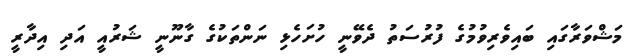
މަޝްވަރާގައި ބައިވެރިވުމުގެ ފުރުސަތު ދެވޭނީ ހުށަހެޅި ނަންތަކުގެ ގާނޫނީ ޝަރުއީ އަދި އިދާރީ